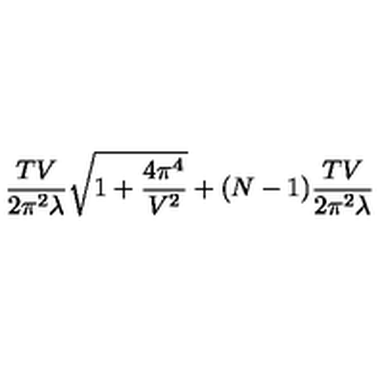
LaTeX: \frac { T V } { 2 \pi ^ { 2 } \lambda } \sqrt { 1 + \frac { 4 \pi ^ { 4 } } { V ^ { 2 } } } + ( N - 1 ) \frac { T V } { 2 \pi ^ { 2 } \lambda }